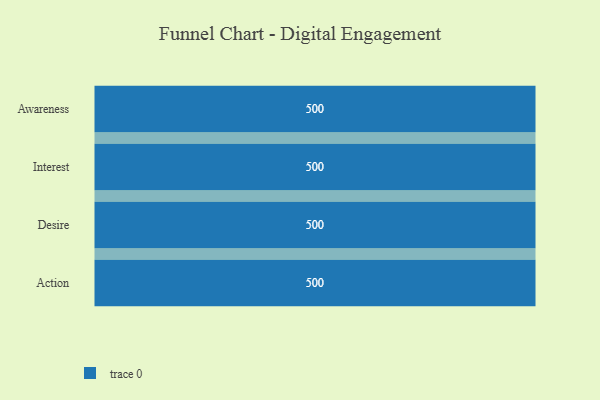
{"axis": {"x": "Stage", "y": "Value"}, "legend": [""], "data": [{"x": "Awareness", "y": 500, "type": ""}, {"x": "Interest", "y": 500, "type": ""}, {"x": "Desire", "y": 500, "type": ""}, {"x": "Action", "y": 500, "type": ""}]}